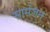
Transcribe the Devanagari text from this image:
सामंजन